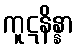
ကူဋနိန္နာ